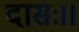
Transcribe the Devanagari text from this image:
दासः।।